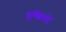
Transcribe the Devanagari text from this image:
मुच्छिलोट